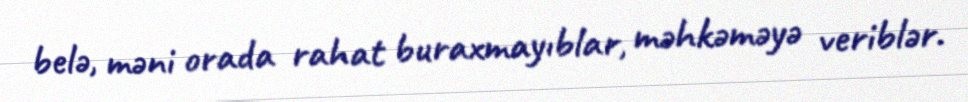
belə, məni orada rahat buraxmayıblar, məhkəməyə veriblər.